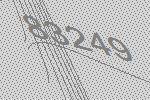
83249